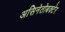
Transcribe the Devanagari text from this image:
असिनेतोबक्टेर